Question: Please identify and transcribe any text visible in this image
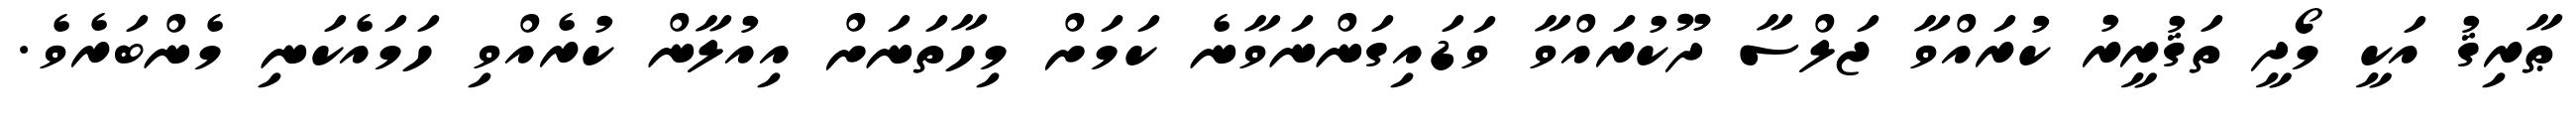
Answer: ޠާރިޤު އަކީ މޯދީ ތަޤުރީރު ކުރައްވާ ޖަލްސާ ދޫކުރައްވާ ވަޑައިގަންނަވާނެ ކަމަށް މިހާތަނަށް އިއުލާން ކުރެއްވި ހަމައެކަނި މެންބަރެވެ.